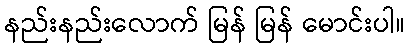
နည်းနည်းလောက် မြန် မြန် မောင်းပါ။